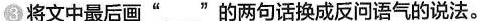
③将文中最后画”___ ”的两句话换成反问语气的说法。